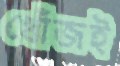
খোঁজই